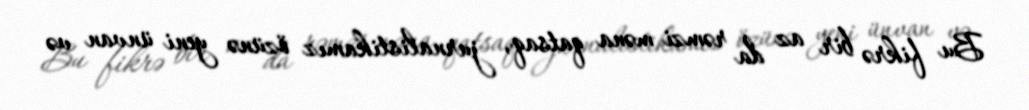
Bu fikrə bir az da rəmzi məna qatsaq, jurnalistikamız özünə yeni ünvan və